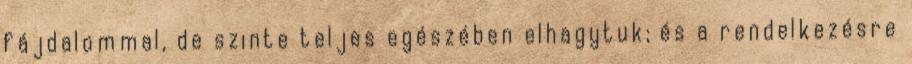
fájdalommal, de szinte teljes egészében elhagytuk; és a rendelkezésre